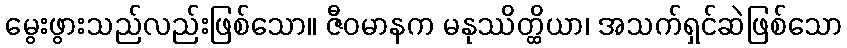
မွေးဖွားသည်လည်းဖြစ်သော။ ဇီဝမာနက မနုဿိတ္ထိယာ၊ အသက်ရှင်ဆဲဖြစ်သော